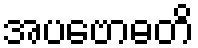
အပဗောဓတိ